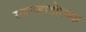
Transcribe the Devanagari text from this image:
साल्व्हाडोरच्या